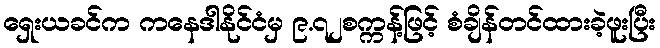
ရှေးယခင်က ကနေဒါနိုင်ငံမှ ၉.၇၂စက္ကန့်ဖြင့် စံချိန်တင်ထားခဲ့ဖူးပြီး